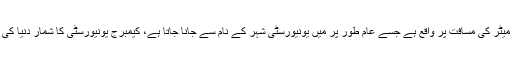
کیمبرج کا شہر لندن سے 80 کلو میٹر کی مسافت پر واقع ہے جسے عام طور پر میں یونیورسٹی شہر کے نام سے جانا جاتا ہے، کیمبرج یونیورسٹی کا شمار دنیا کی بہترین یونیورسٹیوں میں ہوتا ہے۔